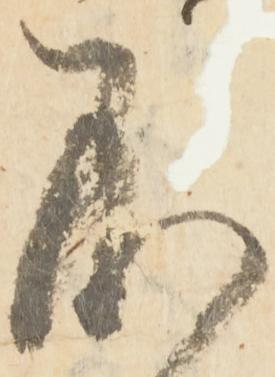
不